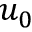
u _ { 0 }